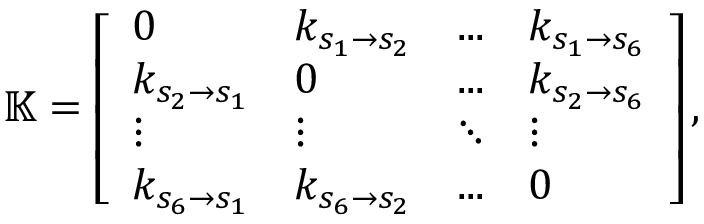
\mathbb { K } = \left[ \begin{array} { l l l l } { 0 } & { k _ { s _ { 1 } \rightarrow s _ { 2 } } } & { . . . } & { k _ { s _ { 1 } \rightarrow s _ { 6 } } } \\ { k _ { s _ { 2 } \rightarrow s _ { 1 } } } & { 0 } & { . . . } & { k _ { s _ { 2 } \rightarrow s _ { 6 } } } \\ { \vdots } & { \vdots } & { \ddots } & { \vdots } \\ { k _ { s _ { 6 } \rightarrow s _ { 1 } } } & { k _ { s _ { 6 } \rightarrow s _ { 2 } } } & { . . . } & { 0 } \end{array} \right] ,